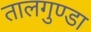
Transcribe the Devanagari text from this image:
तालगुण्डा